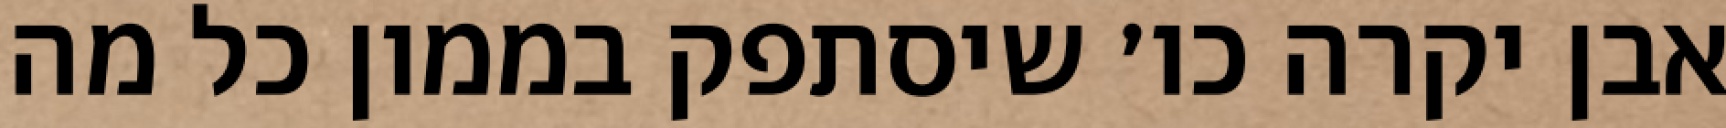
אבן יקרה כו׳ שיסתפק בממון כל מה